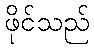
ဖိုင်သည်